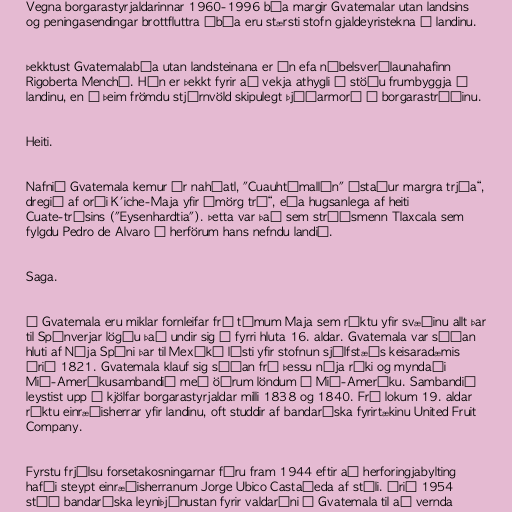
Vegna borgarastyrjaldarinnar 1960-1996 búa margir Gvatemalar utan landsins
og peningasendingar brottfluttra íbúa eru stærsti stofn gjaldeyristekna í landinu.

Þekktust Gvatemalabúa utan landsteinana er án efa nóbelsverðlaunahafinn
Rigoberta Menchú. Hún er þekkt fyrir að vekja athygli á stöðu frumbyggja í
landinu, en á þeim frömdu stjórnvöld skipulegt þjóðarmorð í borgarastríðinu.

Heiti.

Nafnið Gvatemala kemur úr nahúatl, "Cuauhtēmallān" „staður margra trjáa“,
dregið af orði K'iche-Maja yfir „mörg tré“, eða hugsanlega af heiti
Cuate-trésins ("Eysenhardtia"). Þetta var það sem stríðsmenn Tlaxcala sem
fylgdu Pedro de Alvaro í herförum hans nefndu landið.

Saga.

Í Gvatemala eru miklar fornleifar frá tímum Maja sem ríktu yfir svæðinu allt þar
til Spánverjar lögðu það undir sig á fyrri hluta 16. aldar. Gvatemala var síðan
hluti af Nýja Spáni þar til Mexíkó lýsti yfir stofnun sjálfstæðs keisaradæmis
árið 1821. Gvatemala klauf sig síðan frá þessu nýja ríki og myndaði
Mið-Ameríkusambandið með öðrum löndum í Mið-Ameríku. Sambandið
leystist upp í kjölfar borgarastyrjaldar milli 1838 og 1840. Frá lokum 19. aldar
ríktu einræðisherrar yfir landinu, oft studdir af bandaríska fyrirtækinu United Fruit
Company.

Fyrstu frjálsu forsetakosningarnar fóru fram 1944 eftir að herforingjabylting
hafði steypt einræðisherranum Jorge Ubico Castañeda af stóli. Árið 1954
stóð bandaríska leyniþjónustan fyrir valdaráni í Gvatemala til að vernda